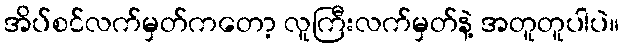
အိပ်စင်လက်မှတ်ကတော့ လူကြီးလက်မှတ်နဲ့ အတူတူပါပဲ။